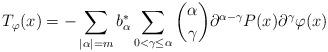
LaTeX: \begin{align*}T_{\varphi}(x)=- \sum_{|\alpha|=m}b_{\alpha}^{*} \sum_{0<\gamma\le\alpha} \binom{\alpha}{\gamma}\partial^{\alpha-\gamma}P(x)\partial^{\gamma}\varphi(x)\end{align*}